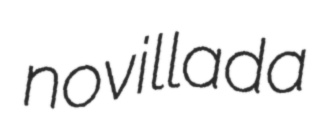
novillada